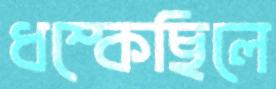
ধম্‌কেছিলে